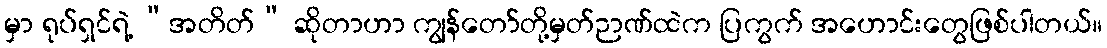
မှာ ရုပ်ရှင်ရဲ့ “အတိတ်” ဆိုတာဟာ ကျွန်တော်တို့မှတ်ဉာဏ်ထဲက ပြကွက် အဟောင်းတွေဖြစ်ပါတယ်။